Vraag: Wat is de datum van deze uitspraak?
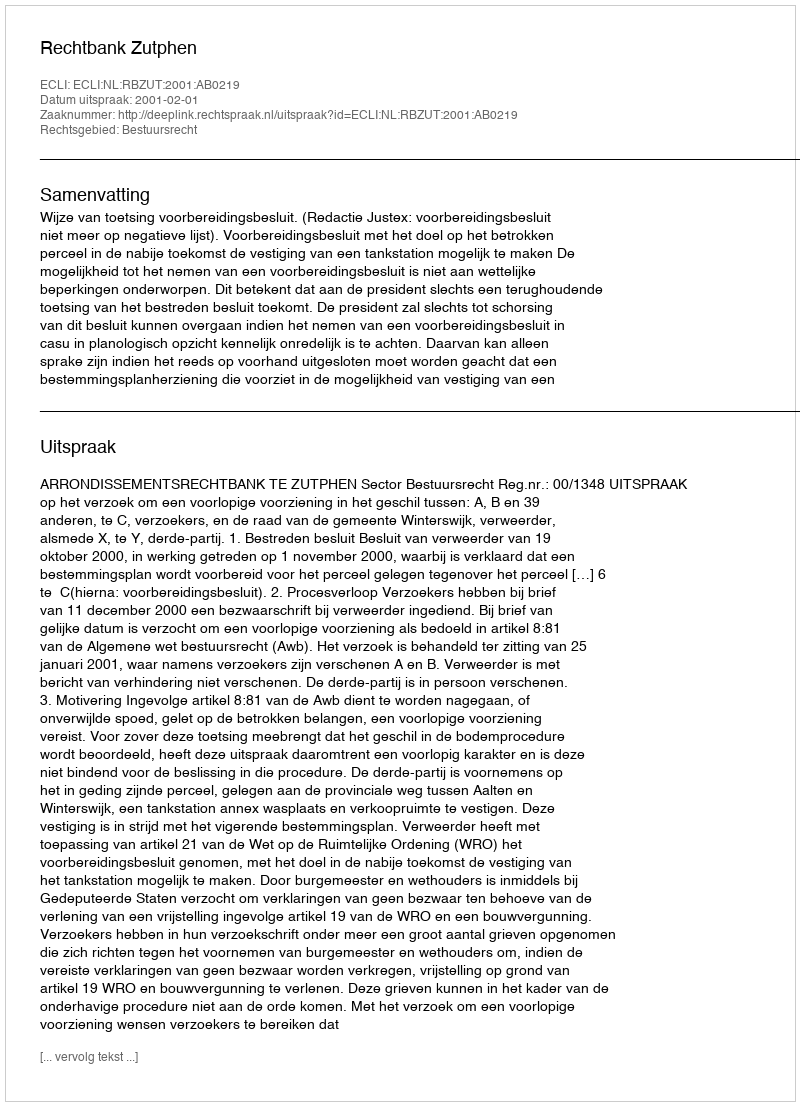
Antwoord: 2001-02-01